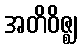
အတိဝိဇ္ဈ